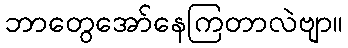
ဘာတွေအော်နေကြတာလဲဗျာ။